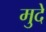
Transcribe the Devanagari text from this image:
मुदे